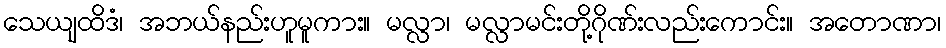
သေယျထိဒံ၊ အဘယ်နည်းဟူမူကား။ မလ္လာ၊ မလ္လာမင်းတို့ဂိုဏ်းလည်းကောင်း။ အတောဏာ၊